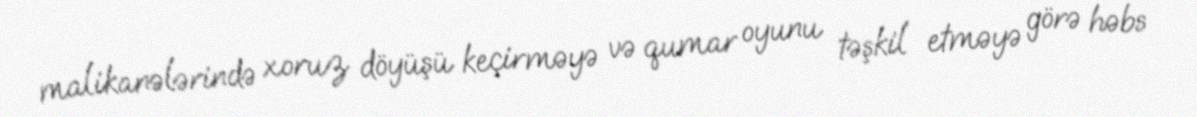
malikanələrində xoruz döyüşü keçirməyə və qumar oyunu təşkil etməyə görə həbs